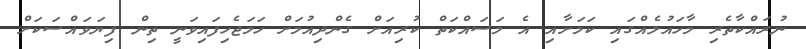
ނުރައްކާތެރި މާހައުލެއްގައި ކަމަށާއި އެ މަސައްކަތް ކުރިއަށް ގެންދިއުމަށް ހަމަޖެހިފައިވަނީ ތިން ފިޔަވައްސަކަށް